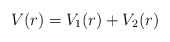
\begin{align*}V(r)=V_1(r)+V_2(r)\end{align*}